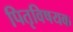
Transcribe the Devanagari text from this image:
पितृविषयक